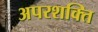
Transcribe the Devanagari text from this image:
अपरशक्ति